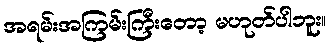
အရမ်းအကြမ်းကြီးတော့ မဟုတ်ပါဘူး။